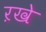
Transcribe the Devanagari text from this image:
ऱखे